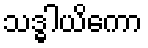
သဒ္ဓါယိကော